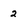
Character: 2